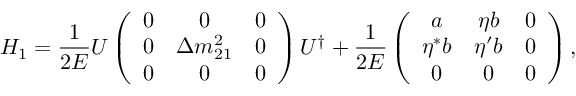
H _ { 1 } = \frac { 1 } { 2 E } U \left( \begin{array} { c c c } { { 0 } } & { { 0 } } & { { 0 } } \\ { { 0 } } & { { \Delta m _ { 2 1 } ^ { 2 } } } & { { 0 } } \\ { { 0 } } & { { 0 } } & { { 0 } } \end{array} \right) U ^ { \dagger } + \frac { 1 } { 2 E } \left( \begin{array} { c c c } { { a } } & { { \eta b } } & { { 0 } } \\ { { \eta ^ { * } b } } & { { \eta ^ { \prime } b } } & { { 0 } } \\ { { 0 } } & { { 0 } } & { { 0 } } \end{array} \right) ,